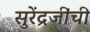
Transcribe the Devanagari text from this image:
सुरेंद्रजींची